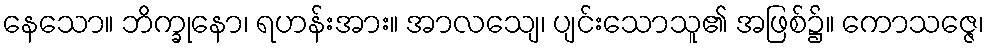
နေသော။ ဘိက္ခုနော၊ ရဟန်းအား။ အာလသျေ၊ ပျင်းသောသူ၏ အဖြစ်၌။ ကောသဇ္ဇေ၊